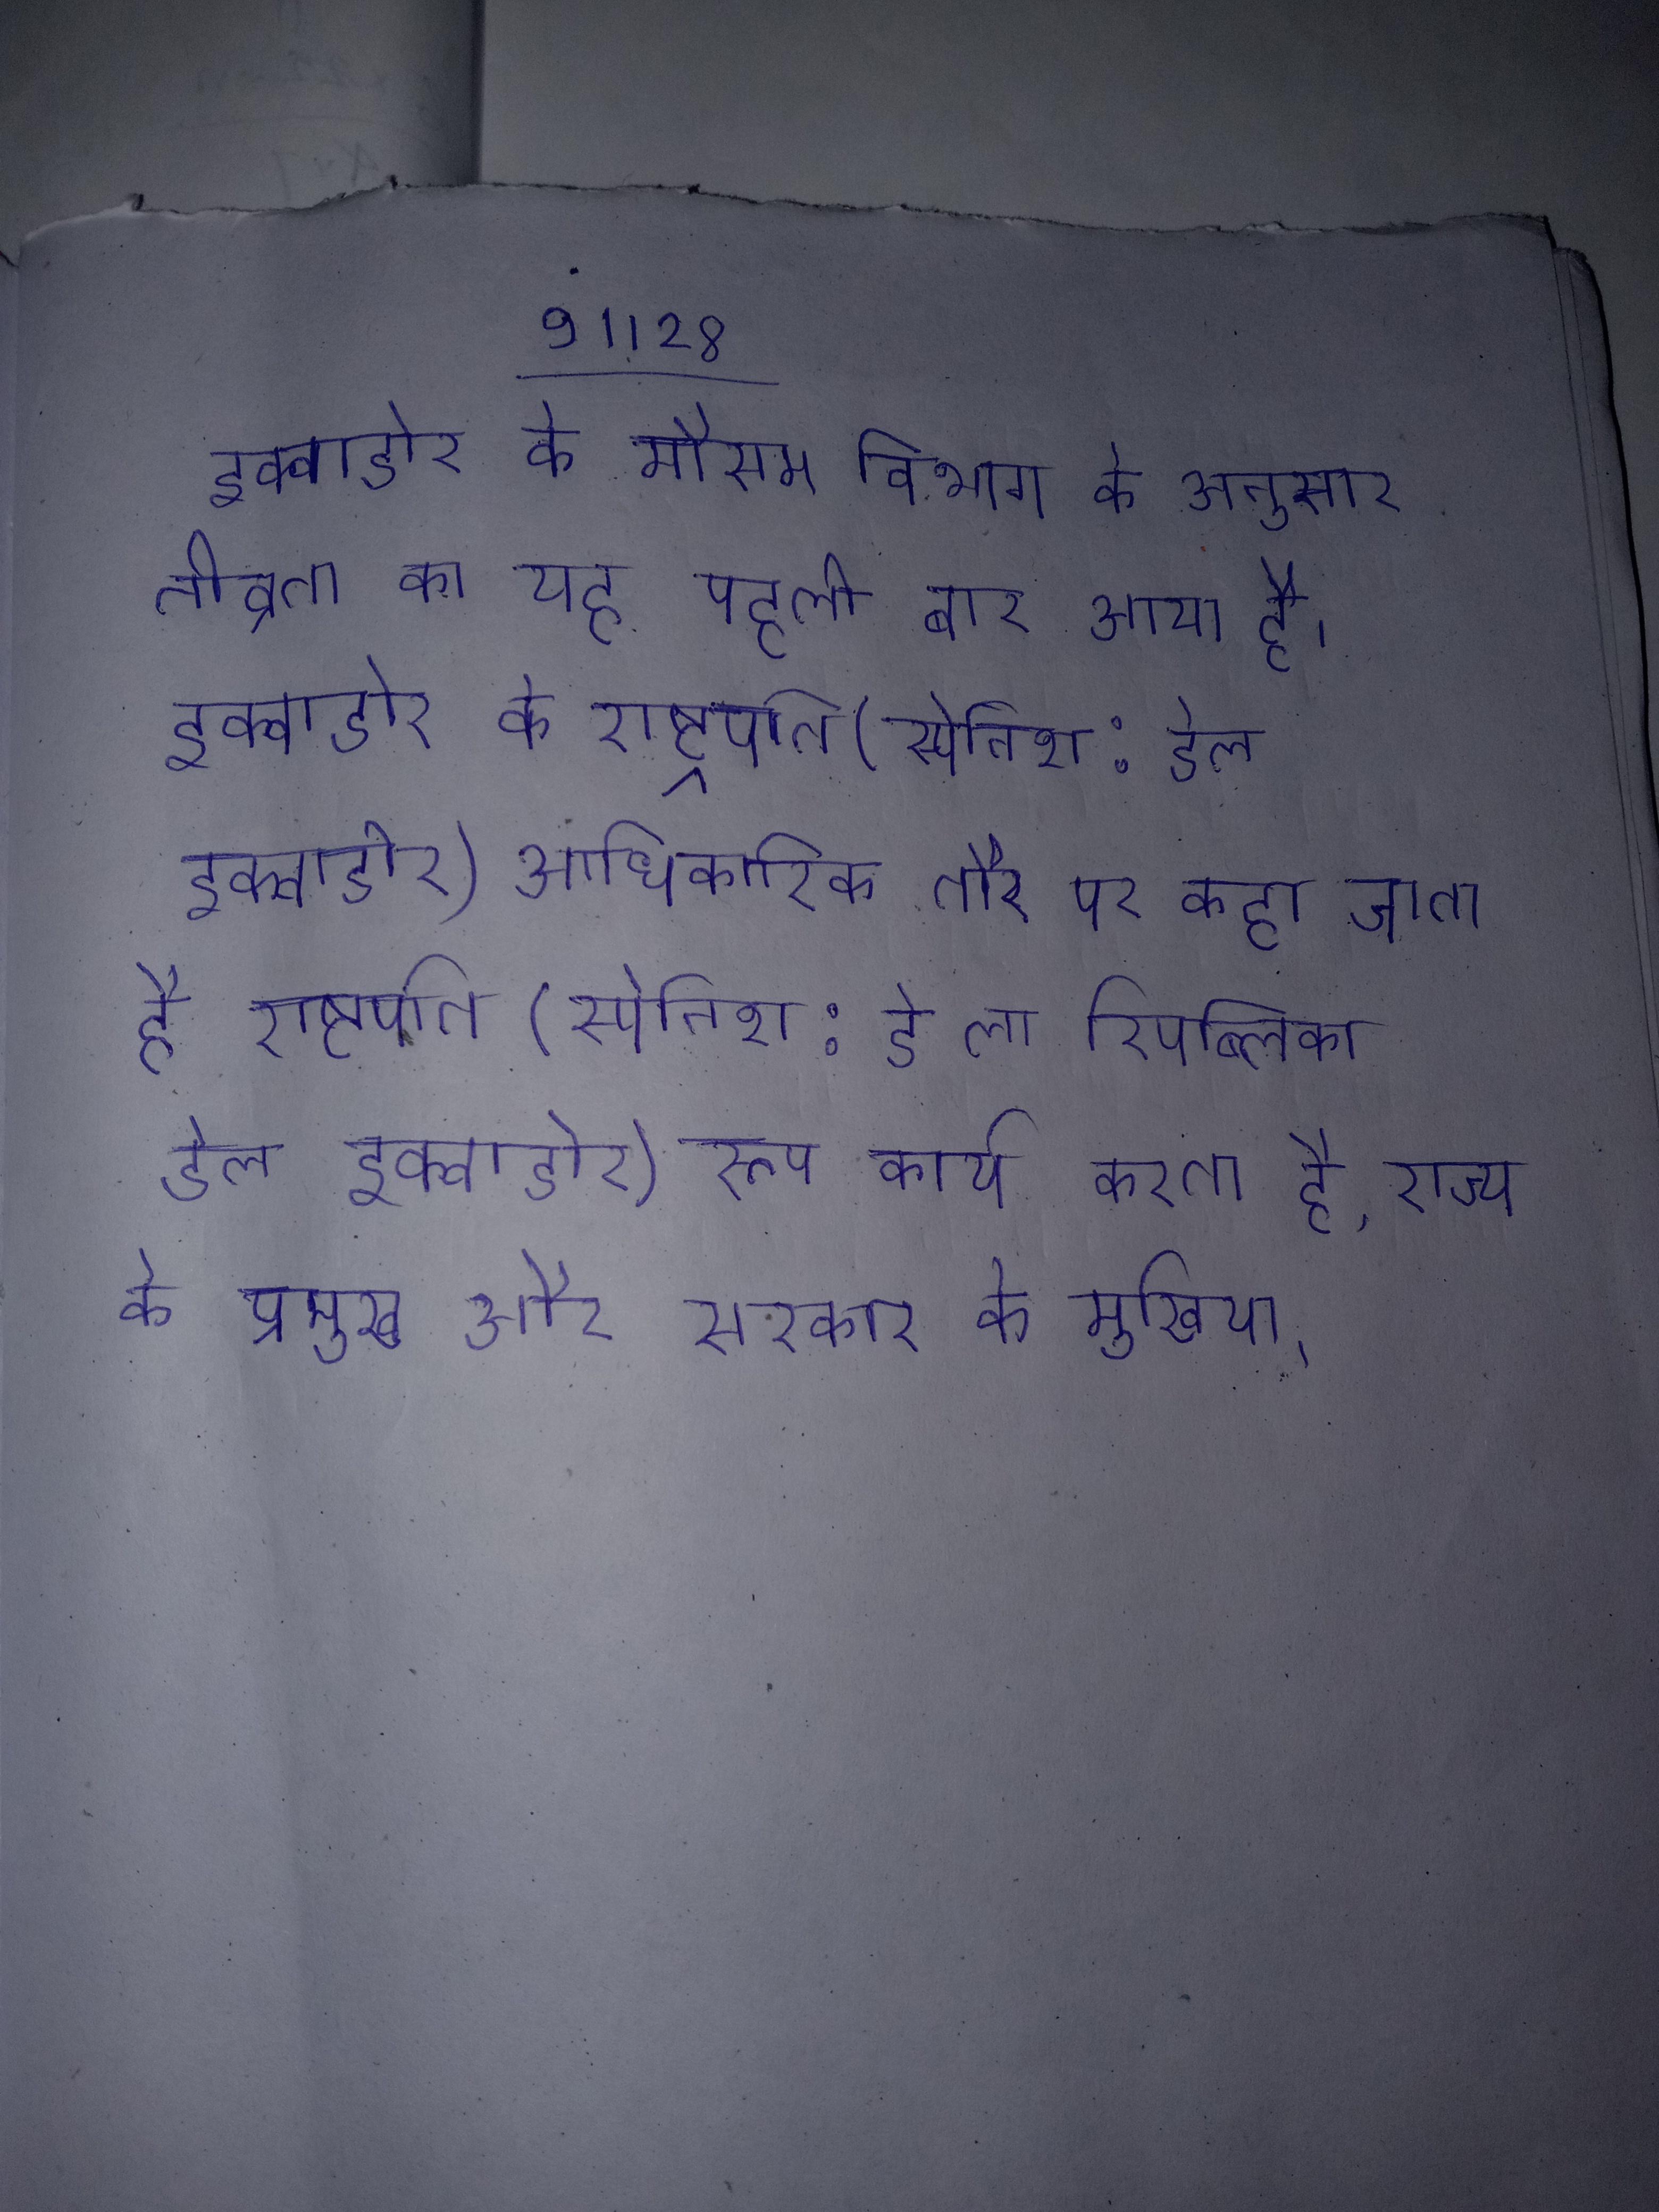
इक्वाडोर के मौसम विभाग के अनुसार तीव्रता का यह पहली बार आया है । इक्वाडोर के राष्ट्रपति (स्पेनिश: डेल इक्वाडोर) आधिकारिक तौर पर कहा जाता है इक्वाडोर के गणराज्य के राष्ट्रपति (स्पेनिश: डे ला रिपब्लिका डेल इक्वाडोर) रूप कार्य करता है, राज्य के प्रमुख और सरकार के मुखिया ।